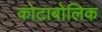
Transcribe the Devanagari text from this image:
कोटाबोलिक